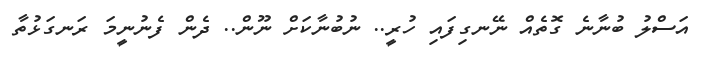
އަސްލު ބުނާނެ ގޮތެއް ނޭނގިފައި ހުރީ.. ނުބުނާކަށް ނޫން.. ދެން ފެނުނީމަ ރަނގަޅުތާ